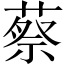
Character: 蔡